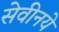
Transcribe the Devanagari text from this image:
सेवीनये